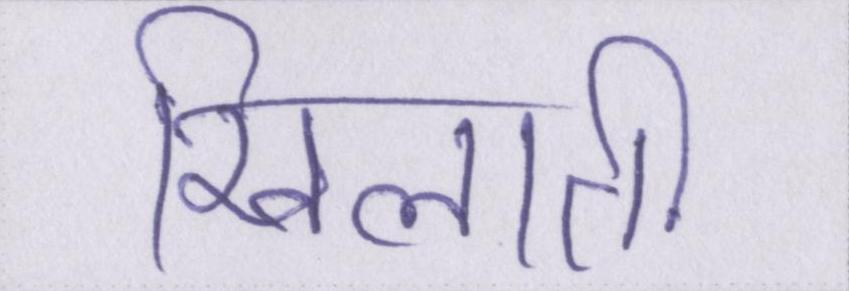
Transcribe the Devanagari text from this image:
खिलाती